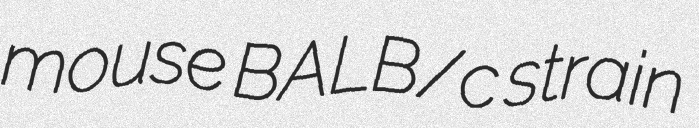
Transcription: mouse BALB/c strain